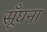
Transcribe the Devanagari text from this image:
सूँघना